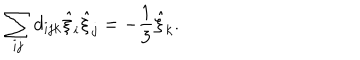
LaTeX: \sum _ { i j } d _ { i j k } \hat { \xi } _ { i } \hat { \xi } _ { j } = - \frac { 1 } { 3 } \hat { \xi } _ { k } .